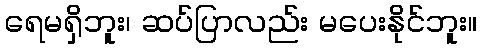
ရေမရှိဘူး၊ ဆပ်ပြာလည်း မပေးနိုင်ဘူး။